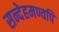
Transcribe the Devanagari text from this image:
सन्देहमण्वपि